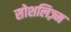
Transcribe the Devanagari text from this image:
सोशलिज़्म